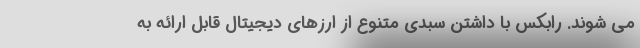
می شوند. رابکس با داشتن سبدی متنوع از ارزهای دیجیتال قابل ارائه به